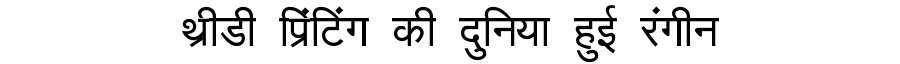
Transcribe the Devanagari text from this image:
थ्रीडी प्रिंटिंग की दुनिया हुई रंगीन